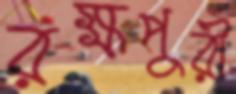
রক্ষপুরী